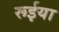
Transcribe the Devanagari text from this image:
रूईया